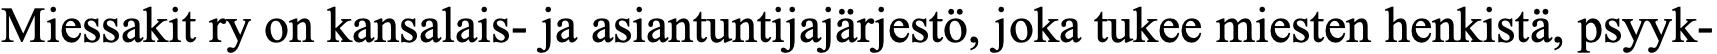
Miessakit ry on kansalais- ja asiantuntijajärjestö, joka tukee miesten henkistä, psyyk-